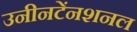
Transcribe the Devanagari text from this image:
उनीनटेंनशनल